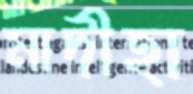
মাদীহা